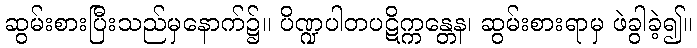
ဆွမ်းစားပြီးသည်မှနောက်၌။ ပိဏ္ဍပါတပဋိက္ကန္တေန၊ ဆွမ်းစားရာမှ ဖဲခွါခဲ့၍။